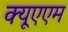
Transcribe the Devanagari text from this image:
क्यूएएम